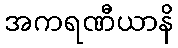
အကရဏီယာနိ